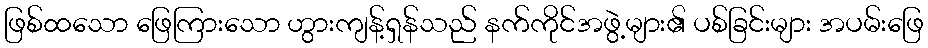
ဖြစ်ထသော ဖြေကြားသော ဟွားကျန့်ရှန်သည် နက်ကိုင်အဖွဲ့များ၏ ပစ်ခြင်းများ အပမ်းဖြေ